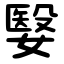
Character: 嫛